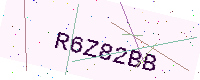
Text: R6Z82BB